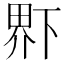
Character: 𤲂